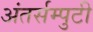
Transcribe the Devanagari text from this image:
अंतर्सम्पुटी